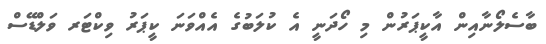
ބާސެލޯނާއިން އާކީޕަރުން މި ހޯދަނީ އެ ކުލަބުގެ އެއްވަނަ ކީޕަރު ވިކްޓަރ ވަލްޑޭސް